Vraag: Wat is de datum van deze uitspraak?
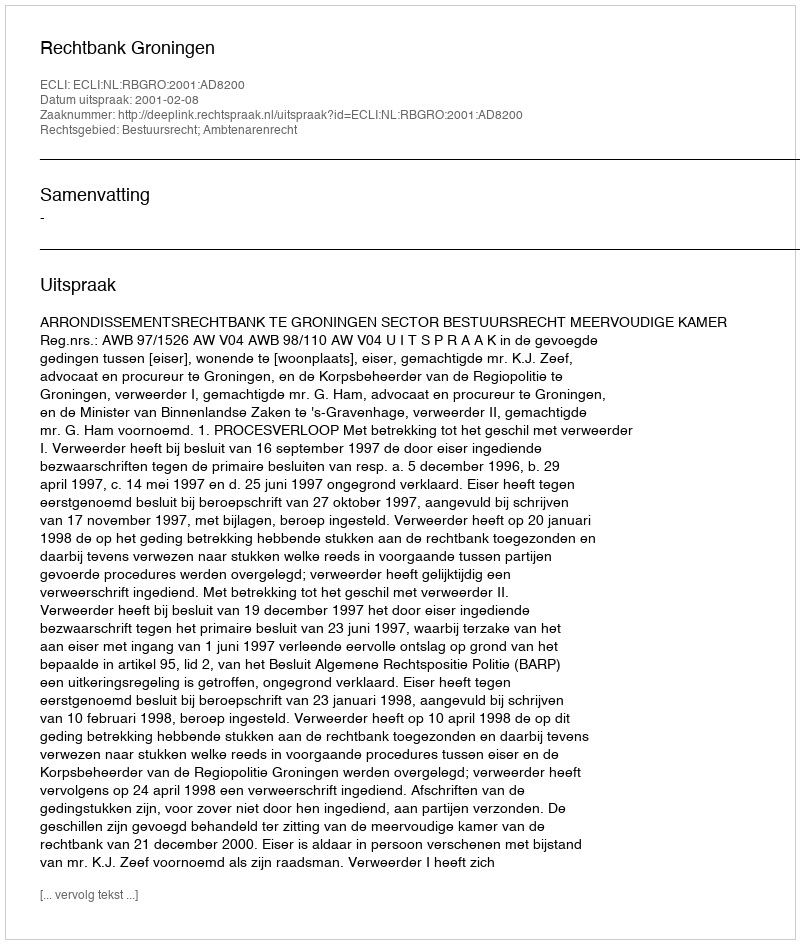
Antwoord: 2001-02-08